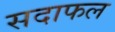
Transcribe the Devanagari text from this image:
सदाफल